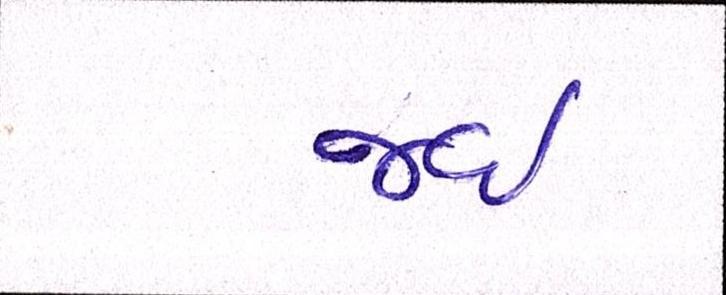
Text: જઈ